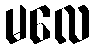
မလေ